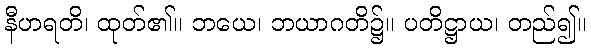
နီဟရတိ၊ ထုတ်၏။ ဘယေ၊ ဘယာဂတိ၌။ ပတိဋ္ဌာယ၊ တည်၍။